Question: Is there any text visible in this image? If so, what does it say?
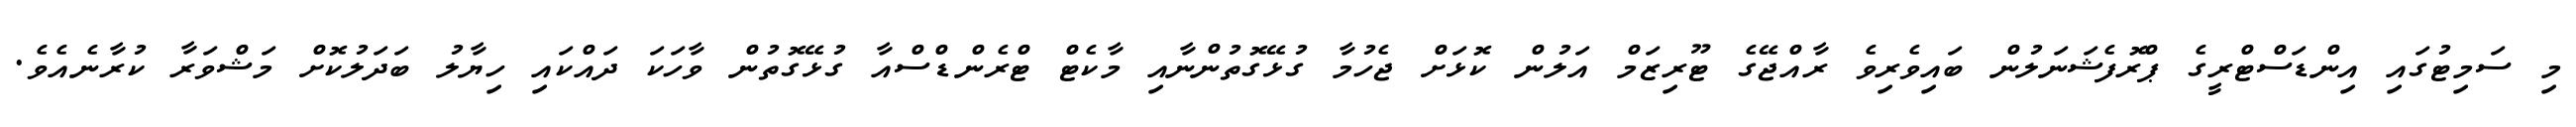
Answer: މި ސަމިޓުގައި އިންޑަސްޓްރީގެ ޕްރޮފެޝަނަލުން ބައިވެރިވެ ރާއްޖޭގެ ޓޫރިޒަމް އަލުން ކޮޅަށް ޖެހުމާ ގުޅޭގޮތުންނާއި މާކެޓް ޓްރެންޑްސްއާ ގުޅޭގޮތުން ވާހަކަ ދައްކައި ހިޔާލު ބަދަލުކޮށް މަޝްވަރާ ކުރާނެއެވެ.